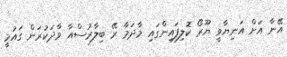
އޭނާ އަށް އަނިޔާވީ ޔޫރޯ ކޮލިފައިންގައި މާދަމާ ރޭ ބިލާރުސްއާ ވާދަކުރަން ގައުމީ